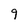
Character: 9